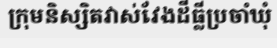
ក្រុមនិស្សិតវាស់វែងដីធ្លីប្រចាំឃុំ